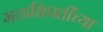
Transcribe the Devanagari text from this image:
मठाधिपतींच्या